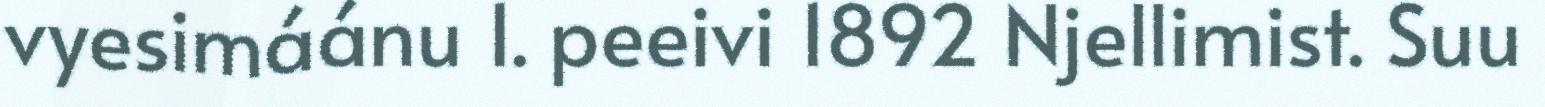
vyesimáánu 1. peeivi 1892 Njellimist. Suu